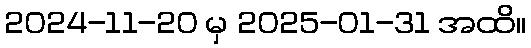
2024-11-20 မှ 2025-01-31 အထိ။